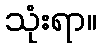
သုံးရာ။